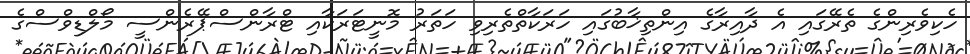
ހެކިވެރިންގެ ތެރޭގައި އެ ދާއިރާގެ އިންތިޚާބުގައި ހަރަކާތްތެރިވި ހަތަރު މޮނީޓަރަކާއި ޓްރާންސްޕޭރެންސީ މޯލްޑިވްސްގެ